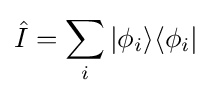
{\hat {I}}=\sum _{i}|\phi _{i}\rangle \langle \phi _{i}|